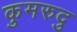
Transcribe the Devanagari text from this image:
कुमरुदु